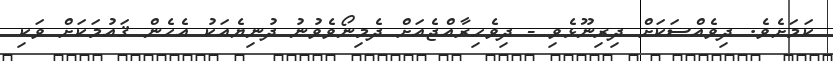
ކަމަށެވެ. ދިވެއްސަކަށް ދިރިނޫޅެވި - ދިވެހިރާއްޖެއަށް ދެމިނޯވެވުނު ދުނިޔެއަކު އެހެން ޤައުމަކަށް ވަކި